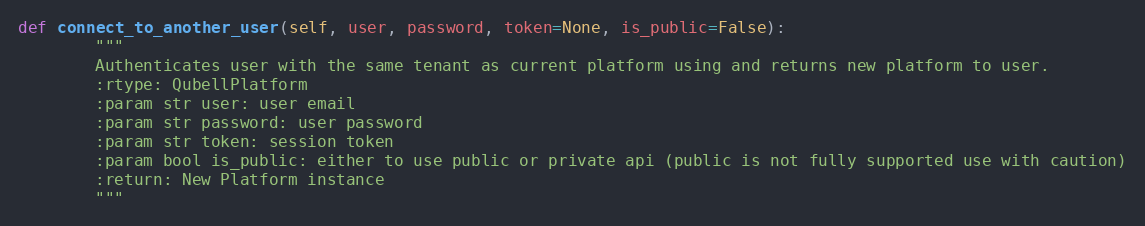
Language: Python
def connect_to_another_user(self, user, password, token=None, is_public=False):
        """
        Authenticates user with the same tenant as current platform using and returns new platform to user.
        :rtype: QubellPlatform
        :param str user: user email
        :param str password: user password
        :param str token: session token
        :param bool is_public: either to use public or private api (public is not fully supported use with caution)
        :return: New Platform instance
        """